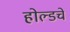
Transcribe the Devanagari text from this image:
होल्डचे